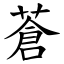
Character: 蒼